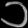
Digit: ၁